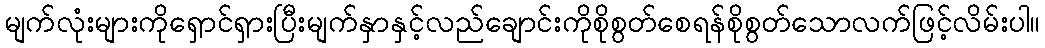
မျက်လုံးများကိုရှောင်ရှားပြီးမျက်နှာနှင့်လည်ချောင်းကိုစိုစွတ်စေရန်စိုစွတ်သောလက်ဖြင့်လိမ်းပါ။